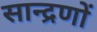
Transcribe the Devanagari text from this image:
सान्द्रणों